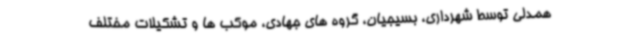
همدلی توسط شهرداری، بسیجیان، گروه های جهادی، موکب ها و تشکیلات مختلف